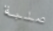
صلبة